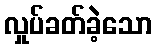
လှုပ်ခတ်ခဲ့သော